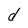
Character: d